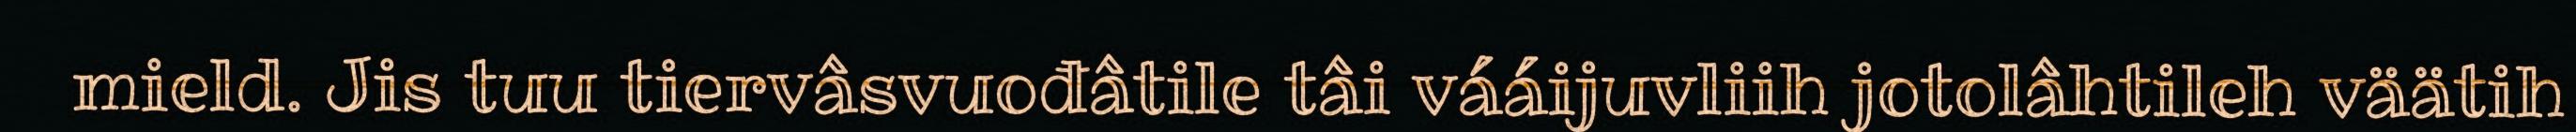
mield. Jis tuu tiervâsvuođâtile tâi vááijuvliih jotolâhtileh väätih